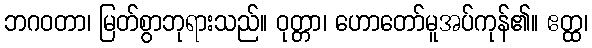
ဘဂဝတာ၊ မြတ်စွာဘုရားသည်။ ဝုတ္တာ၊ ဟောတော်မူအပ်ကုန်၏။ ဧတ္ထ၊